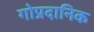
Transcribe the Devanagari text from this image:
गोप्रदानिक